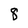
Character: 8